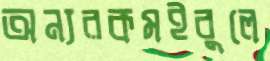
অন্যরকমইবুলে